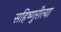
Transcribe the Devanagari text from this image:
सहिष्णुरीत्या